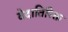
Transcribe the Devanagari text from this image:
वेदातिरिक्त